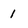
Character: 1